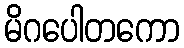
မိဂပေါတကော